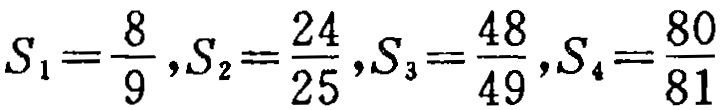
\(S_{1}=\frac{8}{9},S_{2}=\frac{24}{25},S_{3}=\frac{48}{49},S_{4}=\frac{80}{81}\)